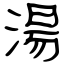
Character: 湯